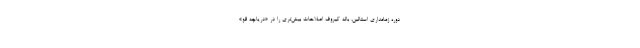
دوره زمامداری استالین، باله کیروف اصلاحات بیش‌تری را در «دریاچه قو»